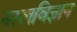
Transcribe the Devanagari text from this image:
नस्लविज्ञान